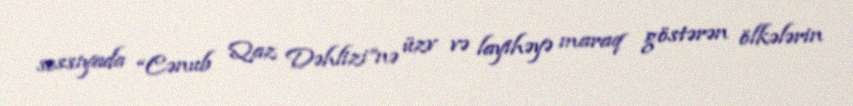
sessiyada “Cənub Qaz Dəhlizi”nə üzv və layihəyə maraq göstərən ölkələrin